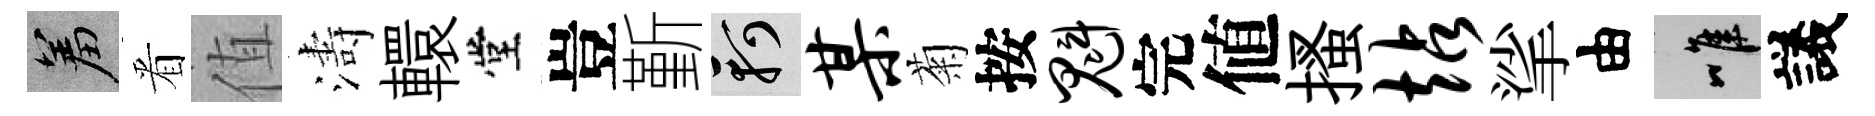
羞㸔值濤轘堂豈斳軻某菊按魁完値搔站挲由唯議